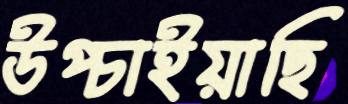
উপ্‌চাইয়াছি